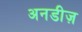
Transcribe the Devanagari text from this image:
अनडीज़